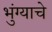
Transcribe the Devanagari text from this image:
भुंग्याचे